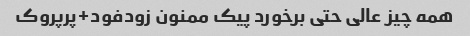
همه چیز عالی حتی برخورد پیک ممنون زودفود+پرپروک